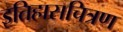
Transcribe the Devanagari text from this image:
इतिहासचित्रण